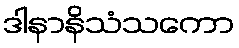
ဒါနာနိသံသကော